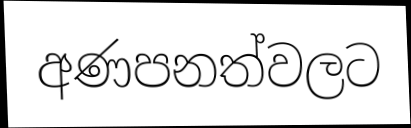
අණපනත්වලට